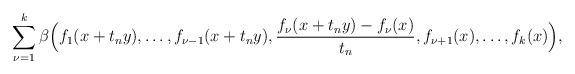
LaTeX: \begin{align*}\sum_{\nu=1}^k\beta\Big(f_1(x+t_ny),\ldots, f_{\nu-1}(x+t_ny),\frac{f_\nu(x+t_ny)-f_\nu(x)}{t_n},f_{\nu+1}(x),\ldots,f_k(x)\Big),\end{align*}